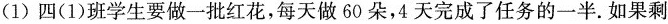
(1)四(1)班学生要做一批红花，每天做60朵，4天完成了任务的一半。如果剩